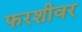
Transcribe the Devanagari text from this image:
फरशीवर